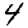
Digit: 4